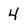
Character: 4